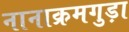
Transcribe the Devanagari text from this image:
नानाक्रमगुड़ा